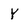
Character: y